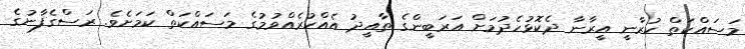
މަސައްކަތް ކުރާނީ އީރާނާ ދެކޮޅުހެދުމަށް އަރަބީންގެ ތާއީދު އެއްކުރެއްވުމުގެ މަސައްކަތް ކަމަށެވެ. ރަސްގެފާނުގެ